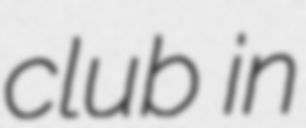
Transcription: club in